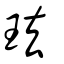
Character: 珐